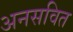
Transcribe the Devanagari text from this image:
अनसवित